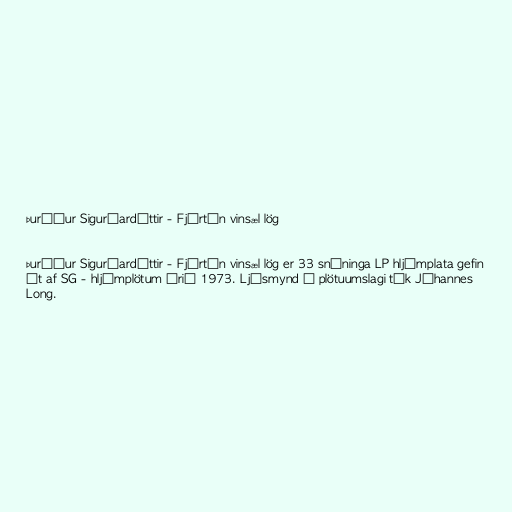
Þuríður Sigurðardóttir - Fjórtán vinsæl lög

Þuríður Sigurðardóttir - Fjórtán vinsæl lög er 33 snúninga LP hljómplata gefin
út af SG - hljómplötum árið 1973. Ljósmynd á plötuumslagi tók Jóhannes
Long.